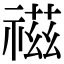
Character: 禌